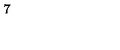
7